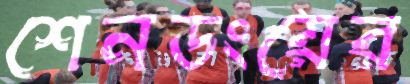
শেনডংয়ের